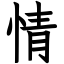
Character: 情